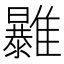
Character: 𩁠